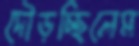
দৌড়চ্ছিলেম